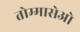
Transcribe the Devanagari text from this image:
तोम्मासेओ